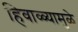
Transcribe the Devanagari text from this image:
हिवाळ्यामुळे